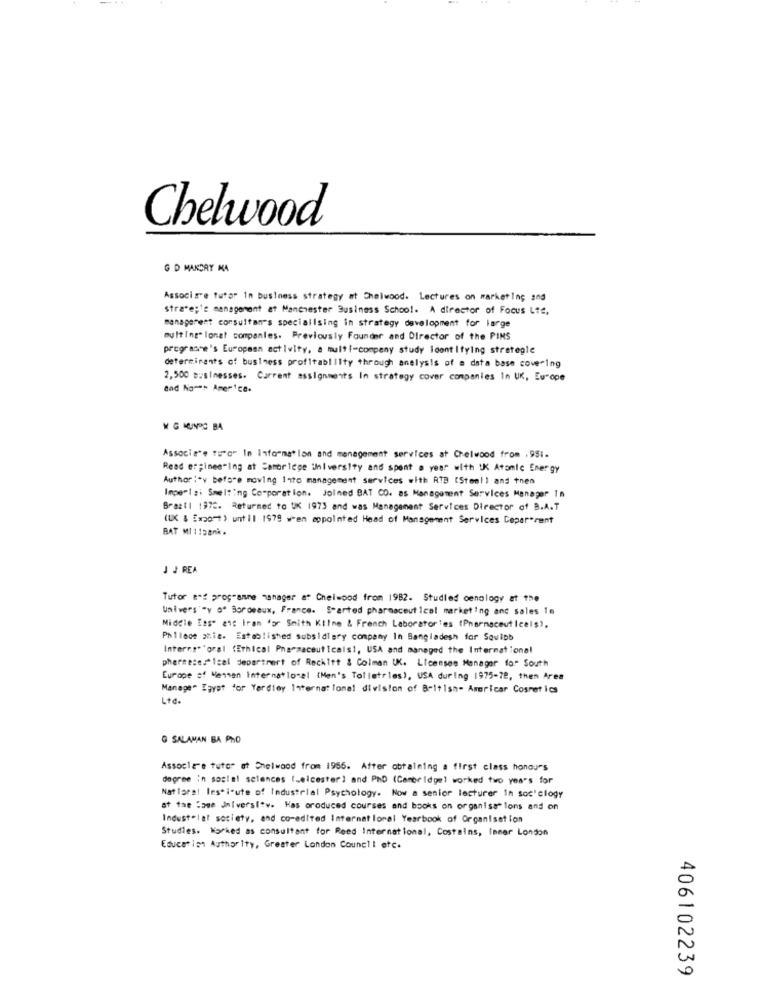
Chelwood
G D MAKCRY KA
Associa'e tutor In business strategy at Chelwood. Lectures on marketing and
strate;'s management at Manchester Business School. A director of Focus Lte,
managerest consultan's specialising in strategy development for large
multIng" lonat companies. Previously Founder and Director of the PINS
prograshe's European activity, a multi-company study identifying strategie
determinants of business profitability through analysis of a data base covering
2,500 businesses. Current assignments In strategy cover companies In UK, Europe
Bad No -** America.
W G MUNDO BA
Associa'e toro" In information and management services at Chelwood from , 951.
Read er;ines"Ing at Cambridge University and spent a year with IK Atomic Energy
Author:"v before moving Into management services with RIB (Stoo!) and then
Impertai Smelting Corporation. Joined BAT CO. as Management Services Manager In
Brazil 1972. Returned to UK 1973 and was Management Services Director of B.A.T
(UK & [xao-> until 1979 wen appointed Head of Management Services Coper-rent
J J REA
Tutor aas programme manager at Chelwood from 1982. Studied oenology at the
Univers'"y o' Bordeaux, France. S-arted pharmaceutical marketing and sales In
Middle East anc iram for Smith Kline & French Laboratories (Pharmaceuticals),
Philece shie. Established subsidiary company In Bangladesh for Squibb
Interes* 'gral (Ethical Pharmaceuticals), USA and managed the International
phermese. Ical department of Reckitt & Colman UK. Licensee Manager for South
Europe of Mensen International (Men's Toiletries), USA during 1975-78, then Aree
Manege" Egypt for Yardley Internat lone! division of British- Americar Cosmetics
Ltd.
O SALAMAN BA PHO
Associare tuter at Chelwood from 1956. After obtaining a first class honours
degree in social sciences [Leicester) and PhD (Cambridge) worked two years for
Natiges! lesticute of Industrial Psychology. Now a senior lecturer In soc'clogy
at the :ase Jniversite. Has produced courses and books on organisations and on
Industelat society, and co-edited International Yearbook of Organisation
Studies. Worked as consultant for Reed International, Costains, Inner London
Education Authority, Greater London Council etc.
406102239